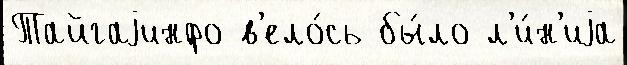
Тайгаjинфо в'ело́сь бы́ло л'и́н'иjа